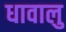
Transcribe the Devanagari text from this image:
धावालु